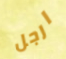
ارجل